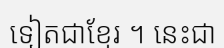
ទៀតជាខ្មែរ ។ នេះជា